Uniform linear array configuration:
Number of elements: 24
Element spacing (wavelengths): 0.75
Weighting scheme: blackman
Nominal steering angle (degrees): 60
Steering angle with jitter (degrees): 61.691
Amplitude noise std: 0.05
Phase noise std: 0.05

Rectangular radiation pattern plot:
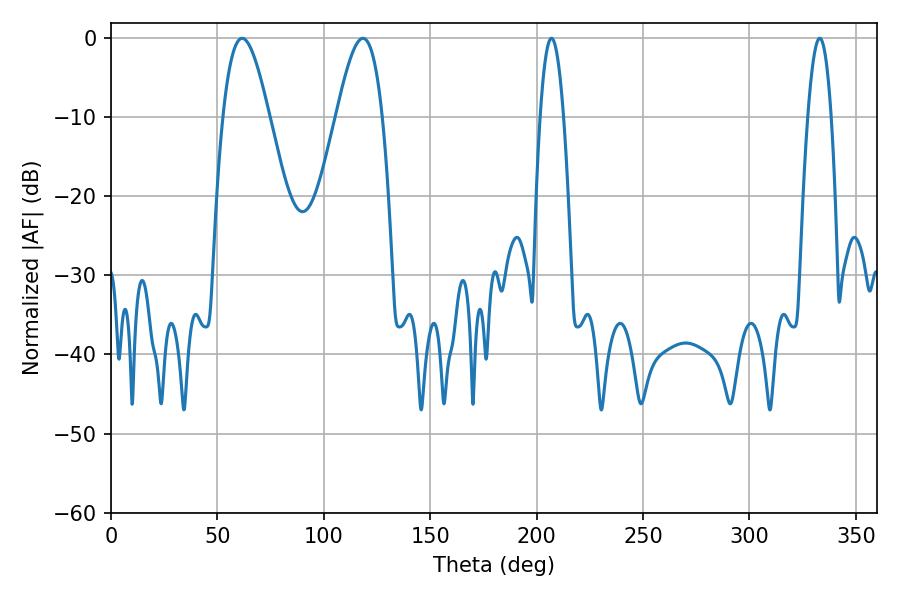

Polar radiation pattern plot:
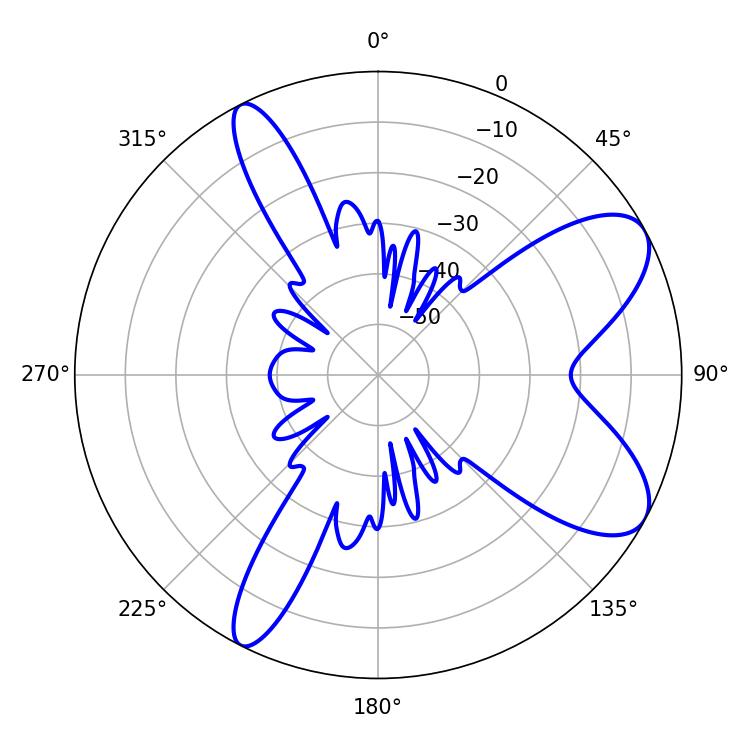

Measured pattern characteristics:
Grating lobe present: TRUE
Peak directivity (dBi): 8.317
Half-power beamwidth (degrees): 6.12
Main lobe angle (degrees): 207